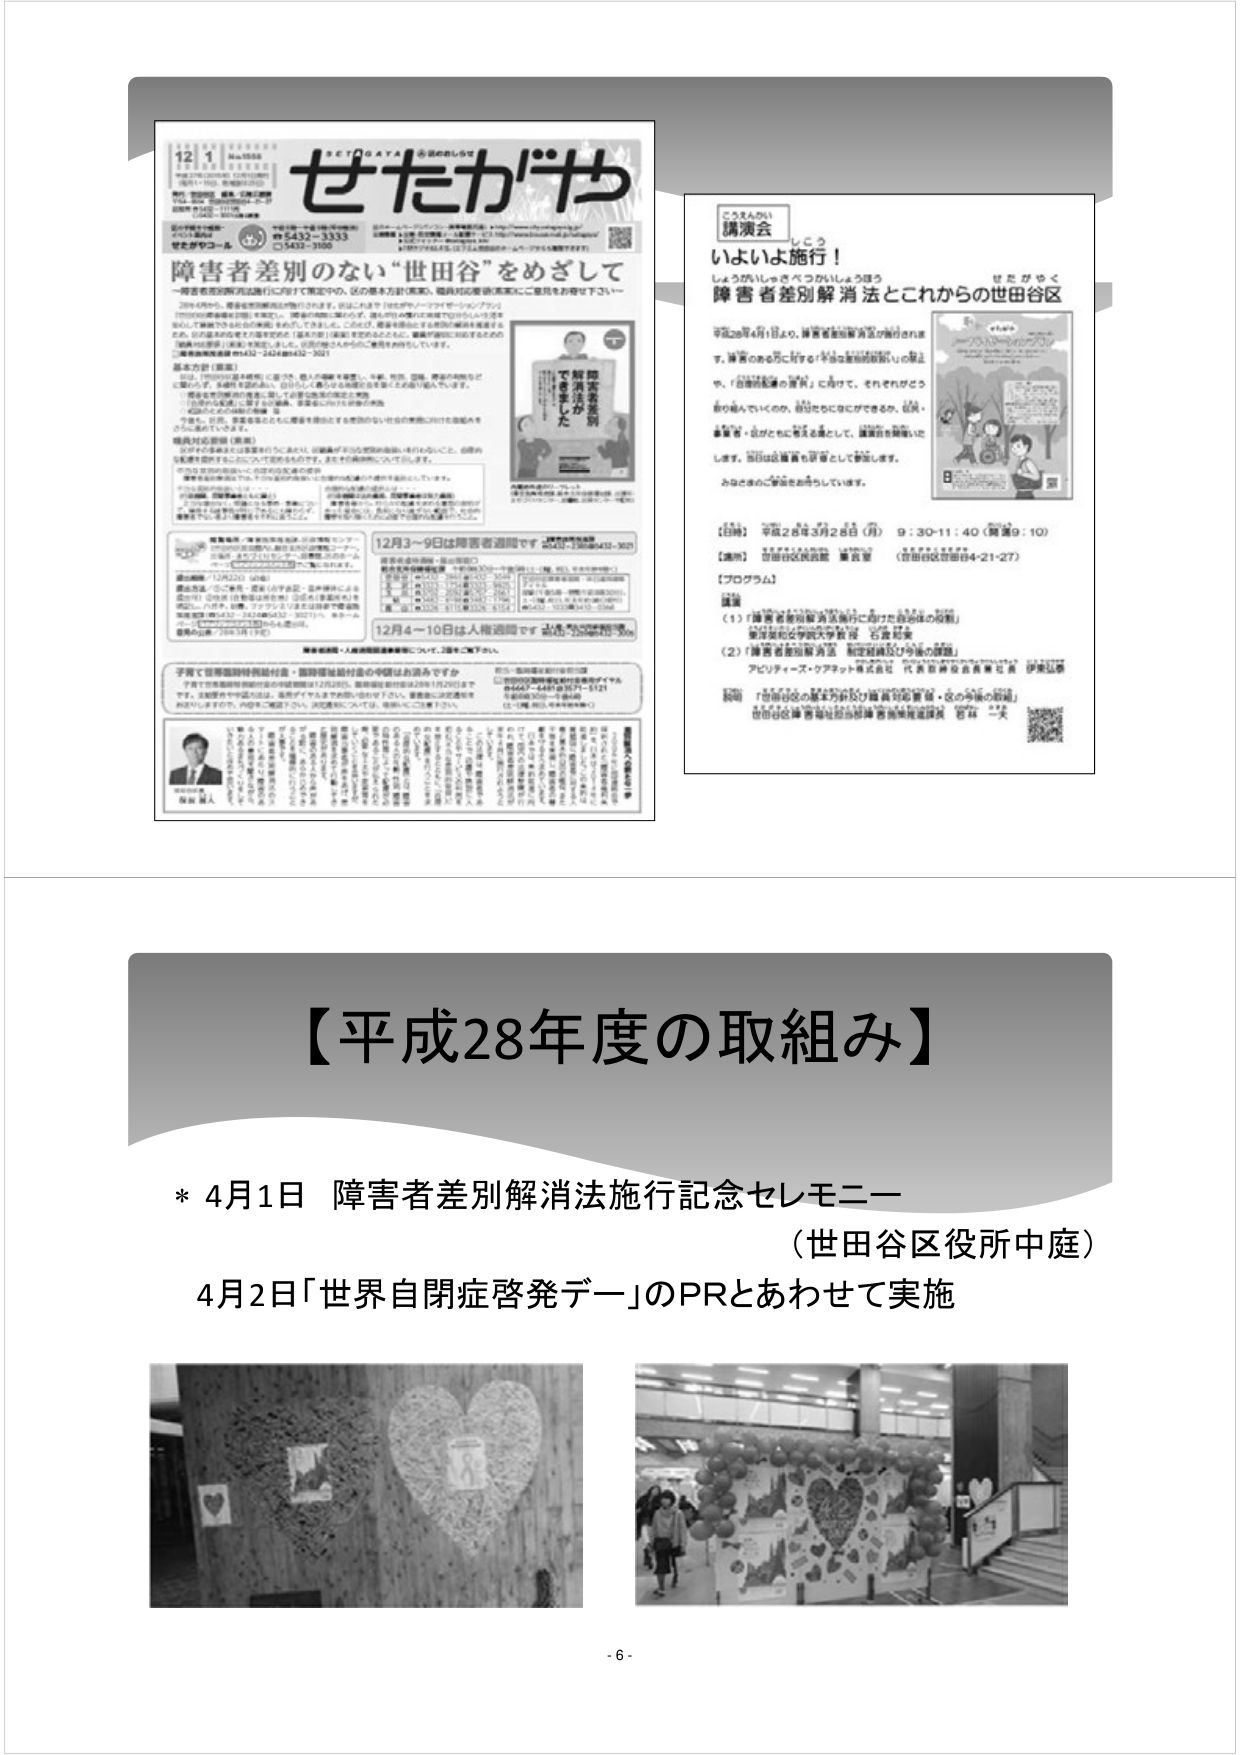
【平成28年度の取組み】

* 4月1日 障害者差別解消法施行記念セレモニー
（世田谷区役所中庭）
4月2日「世界自閉症啓発デー」のPRとあわせて実施

- 6 -